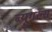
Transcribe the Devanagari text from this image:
ब्यूगल्स